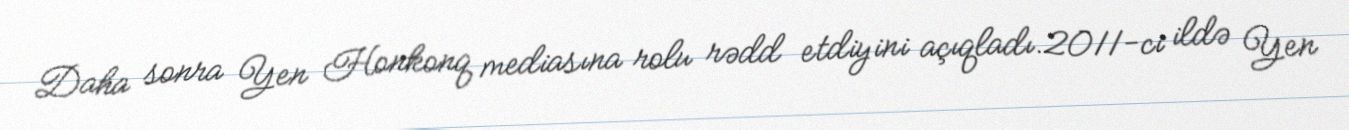
Daha sonra Yen Honkonq mediasına rolu rədd etdiyini açıqladı.2011-ci ildə Yen